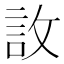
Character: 䚺